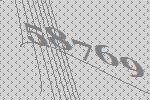
58769